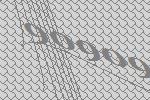
90909